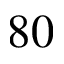
8 0